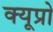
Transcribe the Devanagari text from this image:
क्यूप्रो